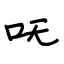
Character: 呒